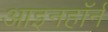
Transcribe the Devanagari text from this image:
आइनहॉर्न